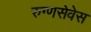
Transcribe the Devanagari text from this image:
रुग्णसेवेस